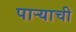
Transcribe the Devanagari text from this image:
पार्‍याची